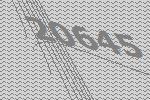
20645